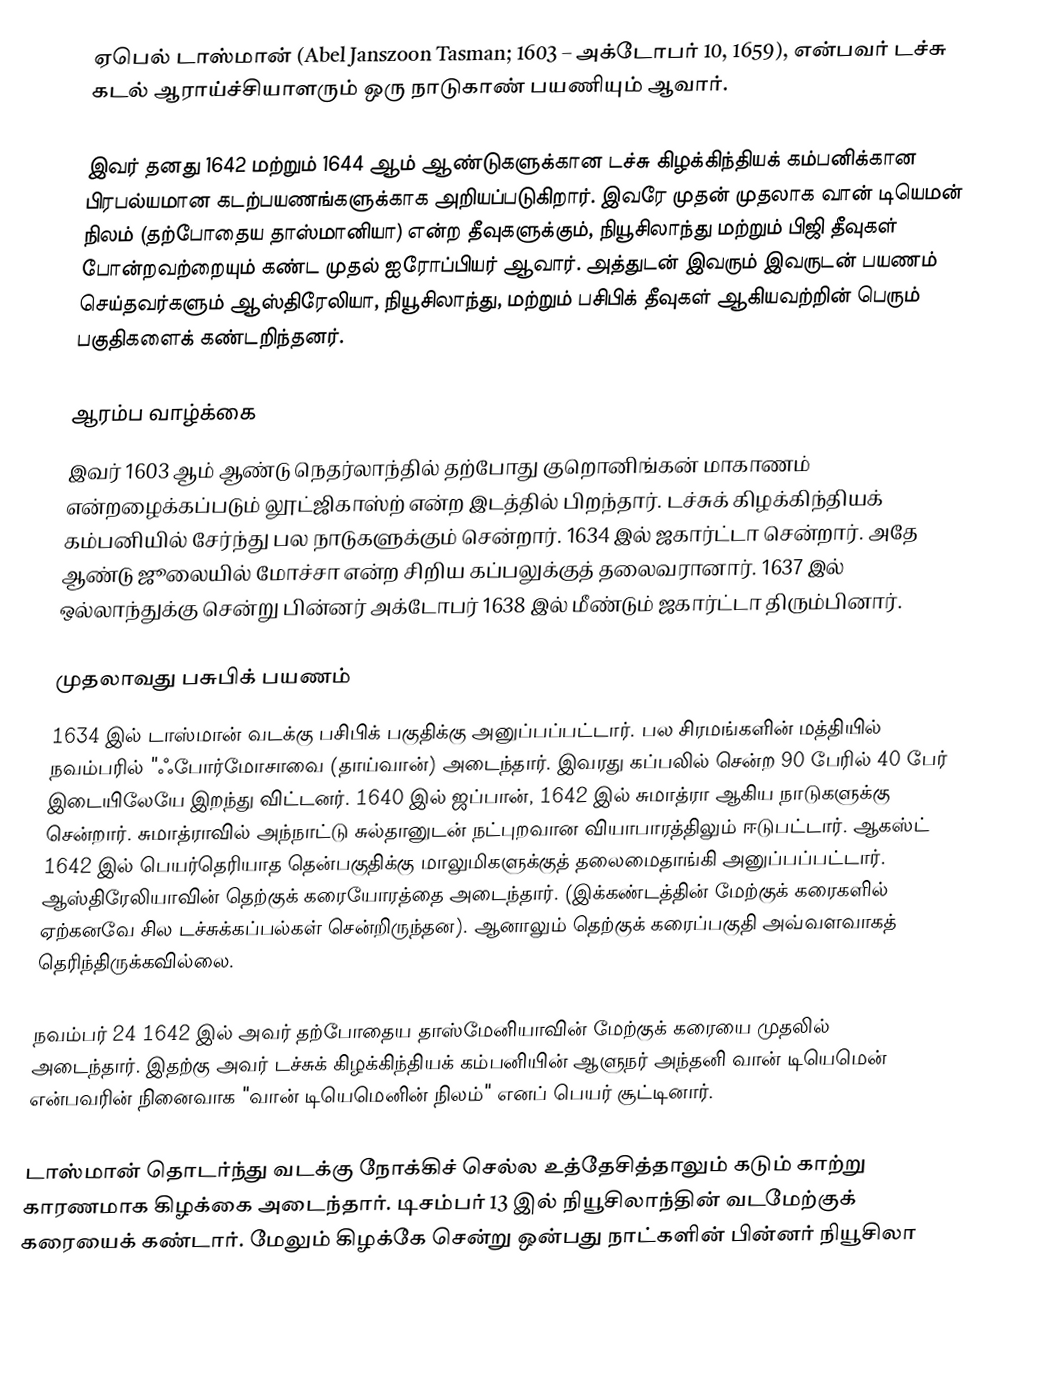
ஏபெல் டாஸ்மான் (Abel Janszoon Tasman; 1603 – அக்டோபர் 10, 1659), என்பவர் டச்சு கடல் ஆராய்ச்சியாளரும் ஒரு நாடுகாண் பயணியும் ஆவார்.

இவர் தனது 1642 மற்றும் 1644 ஆம் ஆண்டுகளுக்கான டச்சு கிழக்கிந்தியக் கம்பனிக்கான பிரபல்யமான கடற்பயணங்களுக்காக அறியப்படுகிறார். இவரே முதன் முதலாக வான் டியெமன் நிலம் (தற்போதைய தாஸ்மானியா) என்ற தீவுகளுக்கும், நியூசிலாந்து மற்றும் பிஜி தீவுகள் போன்றவற்றையும் கண்ட முதல் ஐரோப்பியர் ஆவார். அத்துடன் இவரும் இவருடன் பயணம் செய்தவர்களும் ஆஸ்திரேலியா, நியூசிலாந்து, மற்றும் பசிபிக் தீவுகள் ஆகியவற்றின் பெரும் பகுதிகளைக் கண்டறிந்தனர்.

ஆரம்ப வாழ்க்கை
இவர் 1603 ஆம் ஆண்டு நெதர்லாந்தில் தற்போது குறொனிங்கன் மாகாணம் என்றழைக்கப்படும் லூட்ஜிகாஸ்ற் என்ற இடத்தில் பிறந்தார். டச்சுக் கிழக்கிந்தியக் கம்பனியில் சேர்ந்து பல நாடுகளுக்கும் சென்றார். 1634 இல் ஜகார்ட்டா சென்றார். அதே ஆண்டு ஜூலையில் மோச்சா என்ற சிறிய கப்பலுக்குத் தலைவரானார். 1637 இல் ஒல்லாந்துக்கு சென்று பின்னர் அக்டோபர் 1638 இல் மீண்டும் ஜகார்ட்டா திரும்பினார்.

முதலாவது பசுபிக் பயணம்
1634 இல் டாஸ்மான் வடக்கு பசிபிக் பகுதிக்கு அனுப்பப்பட்டார். பல சிரமங்களின் மத்தியில் நவம்பரில் "ஃபோர்மோசாவை (தாய்வான்) அடைந்தார். இவரது கப்பலில் சென்ற 90 பேரில் 40 பேர் இடையிலேயே இறந்து விட்டனர். 1640 இல் ஜப்பான், 1642 இல் சுமாத்ரா ஆகிய நாடுகளுக்கு சென்றார். சுமாத்ராவில் அந்நாட்டு சுல்தானுடன் நட்புறவான வியாபாரத்திலும் ஈடுபட்டார். ஆகஸ்ட் 1642 இல் பெயர்தெரியாத தென்பகுதிக்கு மாலுமிகளுக்குத் தலைமைதாங்கி அனுப்பப்பட்டார். ஆஸ்திரேலியாவின் தெற்குக் கரையோரத்தை அடைந்தார். (இக்கண்டத்தின் மேற்குக் கரைகளில் ஏற்கனவே சில டச்சுக்கப்பல்கள் சென்றிருந்தன). ஆனாலும் தெற்குக் கரைப்பகுதி அவ்வளவாகத் தெரிந்திருக்கவில்லை.

நவம்பர் 24 1642 இல் அவர் தற்போதைய தாஸ்மேனியாவின் மேற்குக் கரையை முதலில் அடைந்தார். இதற்கு அவர் டச்சுக் கிழக்கிந்தியக் கம்பனியின் ஆளுநர் அந்தனி வான் டியெமென் என்பவரின் நினைவாக "வான் டியெமெனின் நிலம்" எனப் பெயர் சூட்டினார்.

டாஸ்மான் தொடர்ந்து வடக்கு நோக்கிச் செல்ல உத்தேசித்தாலும் கடும் காற்று காரணமாக கிழக்கை அடைந்தார். டிசம்பர் 13 இல் நியூசிலாந்தின் வடமேற்குக் கரையைக் கண்டார். மேலும் கிழக்கே சென்று ஒன்பது நாட்களின் பின்னர் நியூசிலா